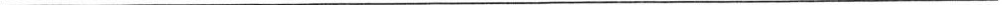
___